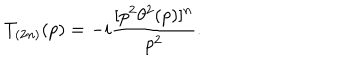
LaTeX: T _ { ( 2 n ) } ( p ) = - i \frac { [ p ^ { 2 } \theta ^ { 2 } ( p ) ] ^ { n } } { p ^ { 2 } } .